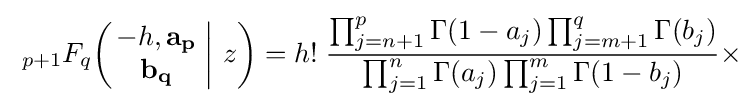
\;_{p+1}F_{q}\!\left(\left.{\begin{matrix}-h,\mathbf {a_{p}} \\\mathbf {b_{q}} \end{matrix}}\;\right|\,z\right)=h!\;{\frac {\prod _{j=n+1}^{p}\Gamma (1-a_{j})\prod _{j=m+1}^{q}\Gamma (b_{j})}{\prod _{j=1}^{n}\Gamma (a_{j})\prod _{j=1}^{m}\Gamma (1-b_{j})}}\times